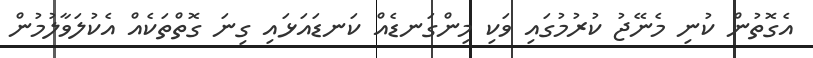
އެގޮތުން ކުނި މެނޭޖު ކުރުމުގައި ވަކި މިންގަނޑެއް ކަނޑައަޅައި ގިނަ ގޮތްތަކެއް އެކުލަވާލުމުން